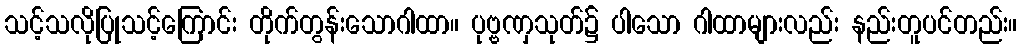
သင့်သလိုပြုသင့်ကြောင်း တိုက်တွန်းသောဂါထာ။ ပုဗ္ဗဏှသုတ်၌ ပါသော ဂါထာများလည်း နည်းတူပင်တည်း။